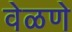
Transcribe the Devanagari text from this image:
वेळणे